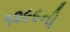
૧૨૯૯ની